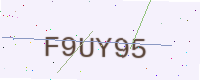
Text: F9UY95